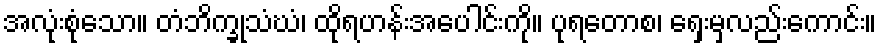
အလုံးစုံသော။ တံဘိက္ခုသံဃံ၊ ထိုရဟန်းအပေါင်းကို။ ပုရတောစ၊ ရှေးမှလည်းကောင်း။